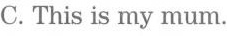
C. This is my mum.